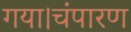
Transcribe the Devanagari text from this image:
गया।चंपारण